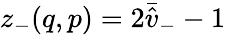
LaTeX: z_{-}(q,p)=2\bar{\hat{v}}_{-}-1